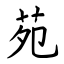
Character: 苑